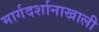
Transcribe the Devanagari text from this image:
मार्गदर्शानाखाली